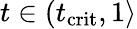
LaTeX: t\in(t_{\mathrm{crit}},1\rangle